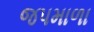
જપમાળા